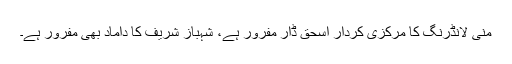
منی لانڈرنگ کا مرکزی کردار اسحٰق ڈار مفرور ہے، شہباز شریف کا داماد بھی مفرور ہے۔